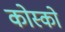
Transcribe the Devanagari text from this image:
कोस्को